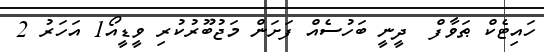
ހައިޓެކް ޠަވާފް  ދީނީ ބަހުސެއް ފަށަން މަޖުބޫރުކުރި ވީޑީއޯ1 އަހަރު 2